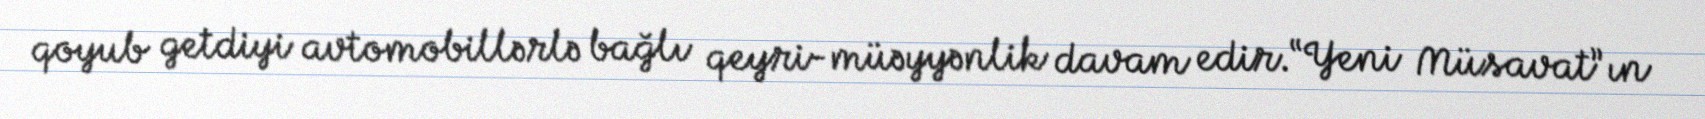
qoyub getdiyi avtomobillərlə bağlı qeyri-müəyyənlik davam edir.“Yeni Müsavat”ın